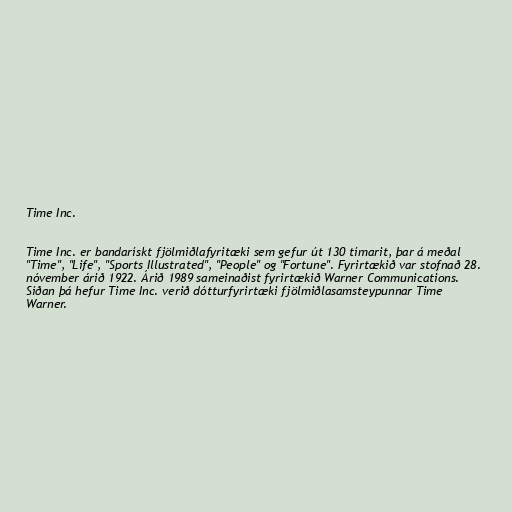
Time Inc.

Time Inc. er bandarískt fjölmiðlafyritæki sem gefur út 130 tímarit, þar á meðal
"Time", "Life", "Sports Illustrated", "People" og "Fortune". Fyrirtækið var stofnað 28.
nóvember árið 1922. Árið 1989 sameinaðist fyrirtækið Warner Communications.
Síðan þá hefur Time Inc. verið dótturfyrirtæki fjölmiðlasamsteypunnar Time
Warner.